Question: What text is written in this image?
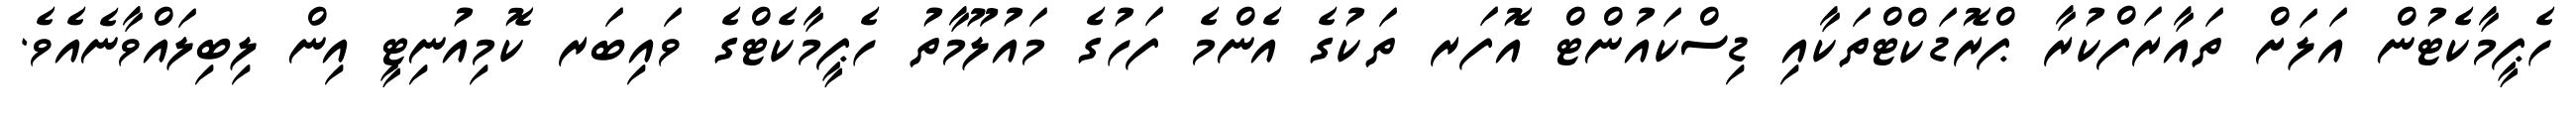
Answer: ހެޕީމާކެޓުން އަލަށް ތައާރަފްކުރާ ޕްރޮޑަކްޓްތަކާއި ޑިސްކައުންޓް އޮފަރ ތަކުގެ އެންމެ ފަހުގެ މައުލޫމާތު ހެޕީމާކެޓްގެ ވައިބަރ ކޮމިއުނިޓީ އިން ލިބިލައްވާނެއެވެ.